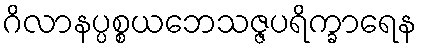
ဂိလာနပ္ပစ္စယဘေသဇ္ဇပရိက္ခာရေန